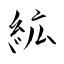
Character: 絋